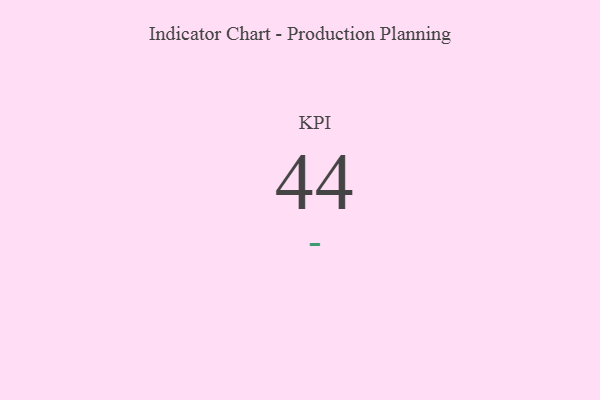
{"axis": {"x": "KPI", "y": "Value"}, "legend": [""], "data": [{"x": "KPI", "y": 44, "type": ""}]}